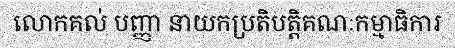
លោកគល់ បញ្ញា នាយកប្រតិបត្តិគណៈកម្មាធិការ